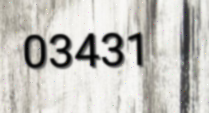
03431